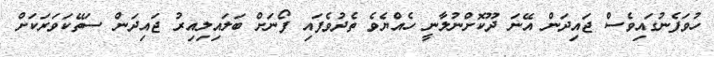
ހުވަފެނުގައިވެސް ޖައިދަން އޭނަ ދޫކޮށްނުލާނީ ހެއްޔެވެ ތެދުވެފައި ފޯނަށް ބަލައިލިއިރު ޖައިދަން ސަތޭކަވަރަކަށް